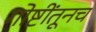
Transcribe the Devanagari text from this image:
गोष्टींतूनच